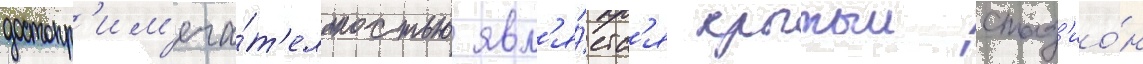
достопр'им'еча́т'ельностью явл'я́етс'я крытыи стад'ио́н